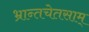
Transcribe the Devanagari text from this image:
भ्रान्तचेतसाम्